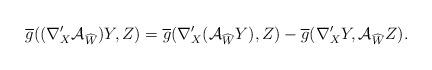
LaTeX: \begin{align*} \overline{g}((\nabla'_{X}\mathcal{A}_{\widehat{W}})Y,Z)=\overline{g}(\nabla'_{X}(\mathcal{A}_{\widehat{W}}Y),Z)-\overline{g}(\nabla'_{X}Y,\mathcal{A}_{\widehat{W}}Z). \end{align*}